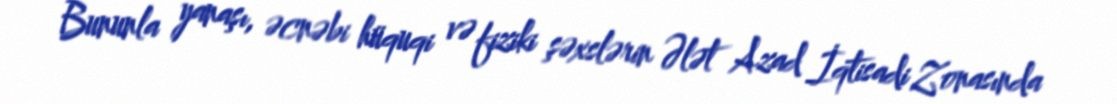
Bununla yanaşı, əcnəbi hüquqi və fiziki şəxslərin Ələt Azad İqtisadi Zonasında